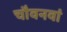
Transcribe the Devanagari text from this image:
चौवनवां